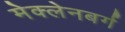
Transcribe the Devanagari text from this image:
मेक्लेनबर्ग